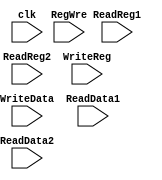
`timescale 1ns / 1ps

module RegFile(
    input clk,
    //input rst,
    input RegWre,   //1 for write,
    input [9:0] ReadReg1,ReadReg2,WriteReg,
    input [31:0] WriteData,
    input [31:0] ReadData1,ReadData2 
    );
    
    reg [31:0] regFile [1:1023];
    integer i;
    assign ReadData1 = (ReadReg1 == 0)? 0: regFile[ReadReg1];
    assign ReadData2 = (ReadReg2 == 0)? 0: regFile[ReadReg2];
    always@(posedge clk)
    begin
//        if(rst == 0)
//        begin
//            for(i = 1; i < 1024; i= i+1)
//                regFile[i] <= 0;
//        end
//        else 
        if(RegWre == 1 && WriteReg != 0)
            regFile[WriteReg] <= WriteData;
    end
endmodule